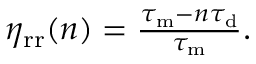
\begin{array} { r } { \eta _ { \mathrm { r r } } ( n ) = \frac { \tau _ { \mathrm { m } } - n \tau _ { \mathrm { d } } } { \tau _ { \mathrm { m } } } . } \end{array}